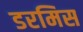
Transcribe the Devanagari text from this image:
डरमिस